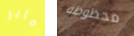
ماير محظوظة